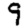
Digit: 9